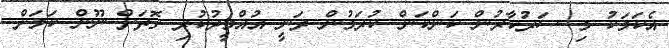
އެކަމަކު މި ސަރުކާރުން ކަންކަން ކުރަމުން ދަނީ އުއްމީދުކުރި ގޮތަށް ނޫން ކަމަށް